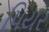
પિયર